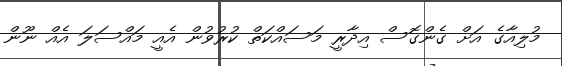
މުލިއާގެ އަށް ގެންގޮސް އިދާރީ މަސައްކަތް ކުރުވުން އެއީ މައްސަލަ އެއް ނޫން